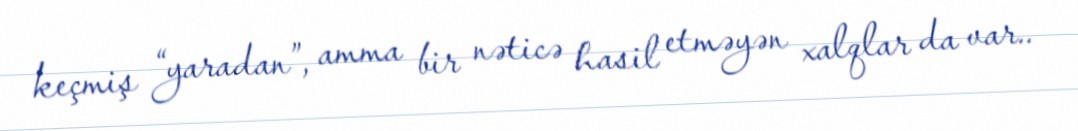
keçmiş “yaradan”, amma bir nəticə hasil etməyən xalqlar da var..